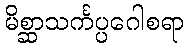
မိစ္ဆာသင်္ကပ္ပဂေါစရာ